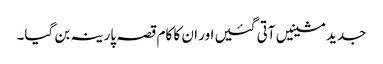
جدید مشینیں آتی گئیں اور ان کا کام قصہ پارینہ بن گیا۔